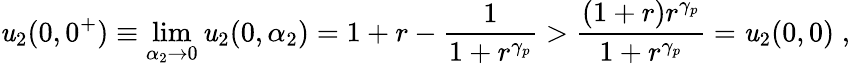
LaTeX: \mathit{u}_{2}(0,0^{+})\equiv\operatorname*{lim}_{\alpha_{2}\rightarrow0}\mathit{u}_{2}(0,\alpha_{2})=1+r-\frac{{1}}{{1+r^{\gamma_{p}}}}>\frac{{(1+r)r^{\gamma_{p}}}}{{1+r^{\gamma_{p}}}}=\mathit{u}_{2}(0,0)\; ,